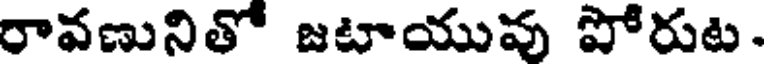
రావణునితో జటాయువు పోరుట.